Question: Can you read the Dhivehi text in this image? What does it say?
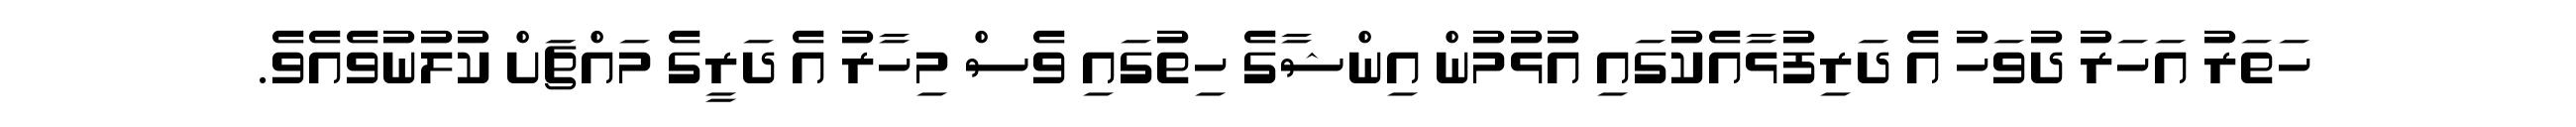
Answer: ހަތަރު އަހަރު ދުވަހު އެ ދަރިފުޅާއެކުގައި އުޅުމުން އިންޝާގެ ހިތުގައި ވެސް މިހާރު އެ ދަރީގެ މައްޗަށް ކުލުނުވެއެވެ.